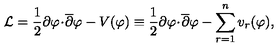
{ \cal L } = \frac { 1 } { 2 } \partial \varphi \! \cdot \! { \overline { \partial } } \varphi - V ( \varphi ) \equiv \frac { 1 } { 2 } \partial \varphi \! \cdot \! { \overline { \partial } } \varphi - \sum _ { r = 1 } ^ { n } v _ { r } ( \varphi ) ,